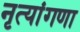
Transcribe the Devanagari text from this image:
नृत्यांगणा